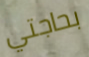
بحاجتي